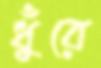
ধুঁরে